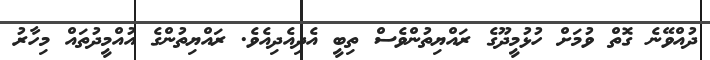
ދުއްވޭނެ ގޮތް ވުމަށް ހުޅުމީދޫގެ ރައްޔިތުންވެސް ތިބީ އެދިއެދިއެވެ. ރައްޔިތުންގެ އުއްމީދުތައް މިހާރު